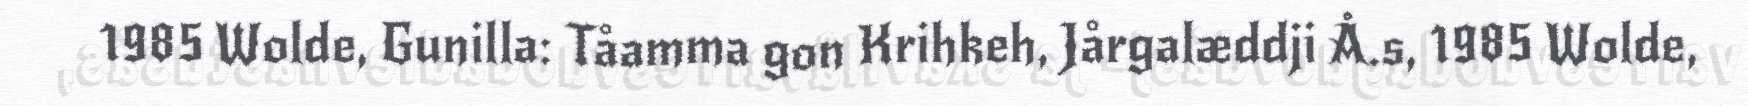
1985 Wolde, Gunilla: Tåamma gon Krihkeh, Jårgalæddji Å.s, 1985 Wolde,